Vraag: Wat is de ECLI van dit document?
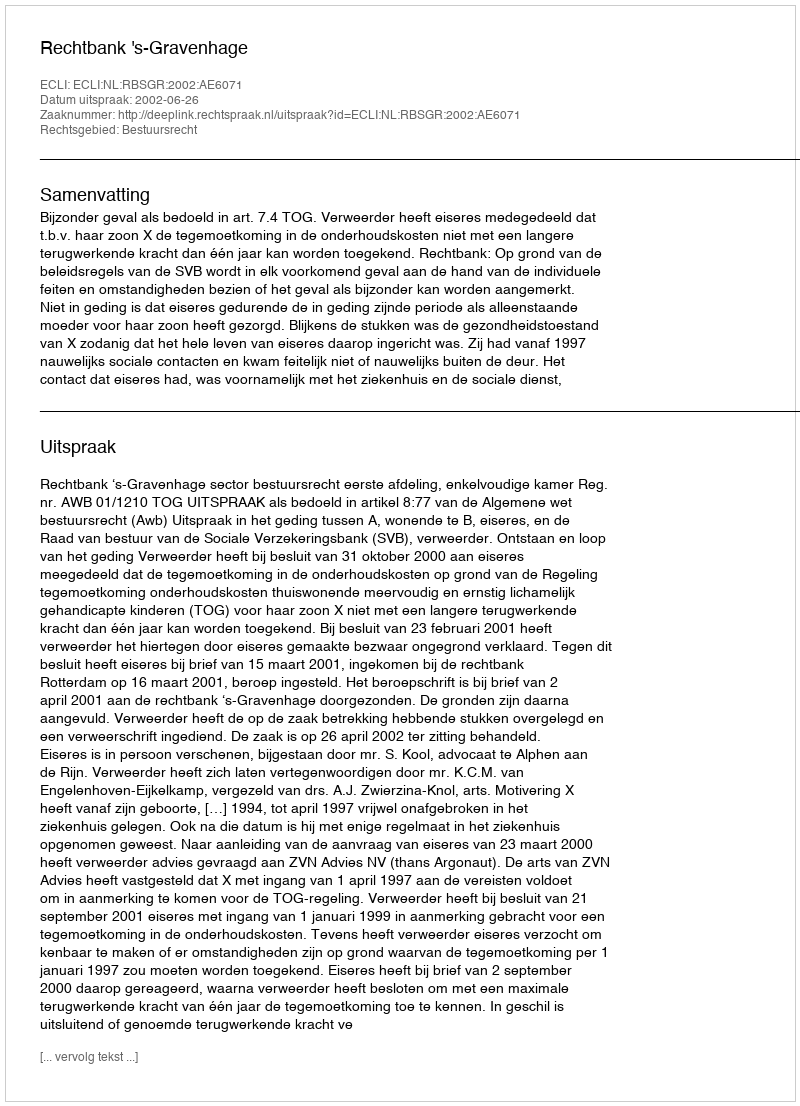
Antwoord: ECLI:NL:RBSGR:2002:AE6071